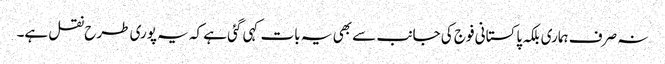
نہ صرف ہماری بلکہ پاکستانی فوج کی جانب سے بھی یہ بات کہی گئی ہے کہ یہ پوری طرح نقل ہے۔